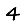
Digit: 4